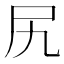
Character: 尻